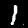
Digit: 1